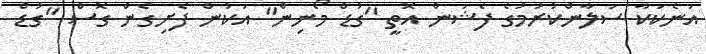
އަނެކަކާ ސަލާންކުރުމުގެ ފެޝަން އޮތީ "ގުޑް މޯނިން" އަކުން ފެށިގެން ގޮސް "ގުޑް